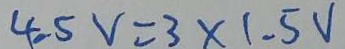
4 . 5 V = 3 \times 1 . 5 V